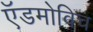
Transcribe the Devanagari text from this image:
ऍडमोविच